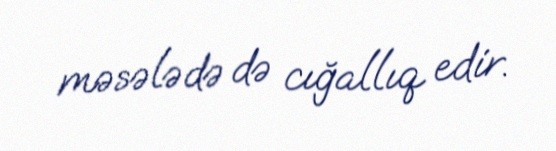
məsələdə də cığallıq edir.